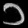
Digit: ၁